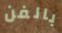
بالفن